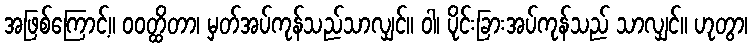
အဖြစ်ကြောင့်။ ဝဝတ္ထိတာ၊ မှတ်အပ်ကုန်သည်သာလျှင်။ ဝါ၊ ပိုင်းခြားအပ်ကုန်သည် သာလျှင်။ ဟုတွာ၊